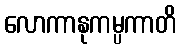
လောကာနုကမ္ပကာတိ